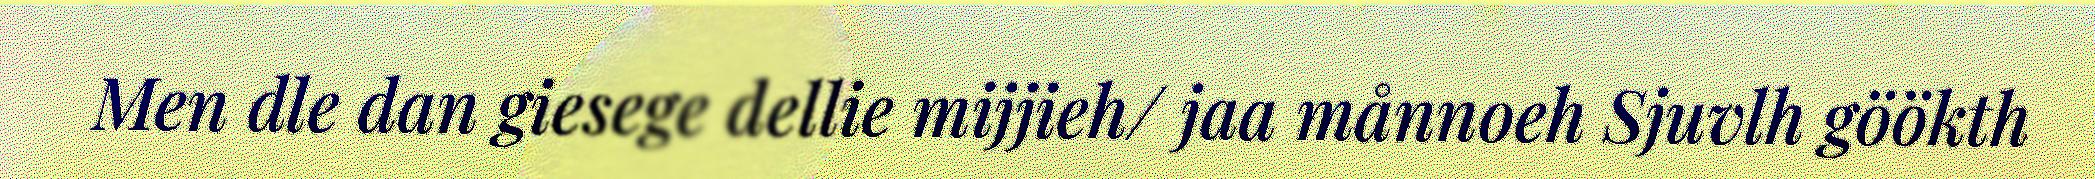
Men dle dan giesege dellie mijjieh/ jaa månnoeh Sjuvlh göökth